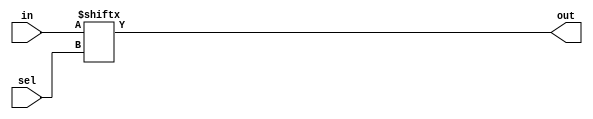
module top_module( 
    input [255:0] in,
    input [7:0] sel,
    output out );
    always@(*) begin
      //  for(int i =0,i<256,i++)
            out = in[sel];
    end
endmodule